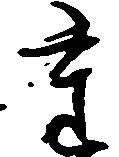
た